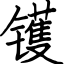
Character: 镬